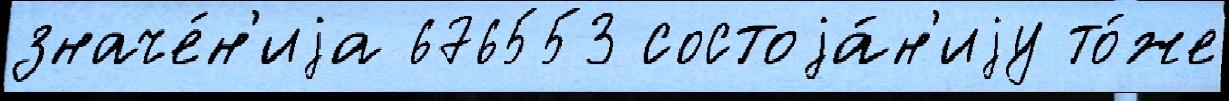
значе́н'иjа 676553 состоjа́н'иjу то́же